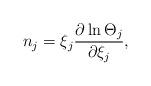
LaTeX: \begin{align*}n_{j}=\xi_{j}\frac{\partial\ln\Theta_{j}}{\partial{{\xi}_{j}}},\end{align*}